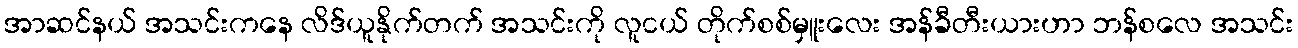
အာဆင်နယ် အသင်းကနေ လိဒ်ယူနိုက်တက် အသင်းကို လူငယ် တိုက်စစ်မှူးလေး အန်ခီတီးယားဟာ ဘန်စလေ အသင်း